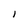
Character: l